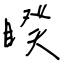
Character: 睽